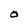
Character: O